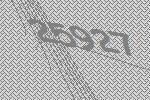
25927